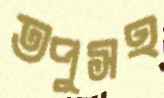
তপুসহ